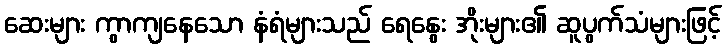
ဆေးများ ကွာကျနေသော နံရံများသည် ရေနွေး အိုးများ၏ ဆူပွက်သံများဖြင့်